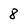
Character: 8